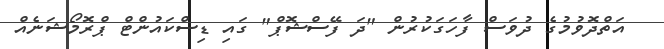
އަތްދޮވުމުގެ ދުވަސް ފާހަގަކުރުން "ދަ ފޭސްޝޮޕް" ގައި ޑިސްކައުންޓް ޕްރޮމޯޝަނެއް